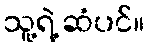
သူ့ရဲ့ ဆံပင်။